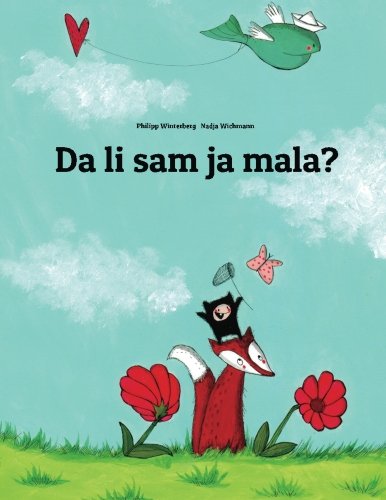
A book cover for Da li sam ja mala?: Slikovnica Philipp Winterberg i Nadja Wichmann (Croatian Edition); Philipp Winterberg; Children's Books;